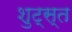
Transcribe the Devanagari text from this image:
शुट्स्त